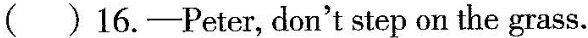
( )16.——Peter, don't step on the grass.